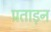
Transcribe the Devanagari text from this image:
प्रताड़न